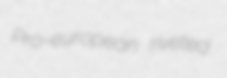
Pro-european riveted